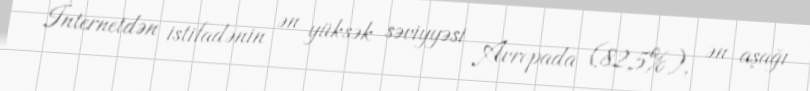
İnternetdən istifadənin ən yüksək səviyyəsi Avropada (82,5%), ən aşağı